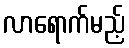
လာရောက်မည့်